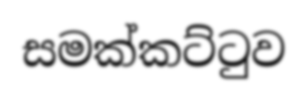
සමක්කට්ටුව